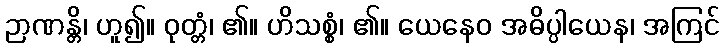
ဉာဏန္တိ၊ ဟူ၍။ ဝုတ္တံ၊ ၏။ ဟိသစ္စံ၊ ၏။ ယေနေဝ အဓိပ္ပါယေန၊ အကြင်